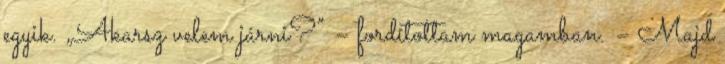
egyik. „Akarsz velem járni?” – fordítottam magamban. – Majd